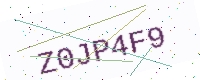
Text: Z0JP4F9